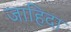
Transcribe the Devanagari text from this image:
जाहिदा